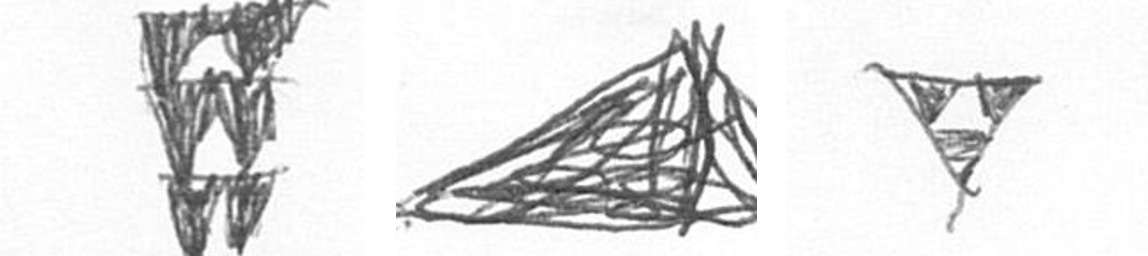
Y O S